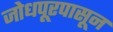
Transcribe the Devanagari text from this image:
जोधपूरपासून